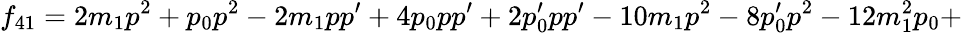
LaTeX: f_{41}=2m_{1}p^{2}+p_{0}p^{2}-2m_{1}pp^{\prime}+4p_{0}pp^{\prime}+2p_{0}^{\prime}pp^{\prime}-10m_{1}p^{2}-8p_{0}^{\prime}p^{2}-12m_{1}^{2}p_{0}+